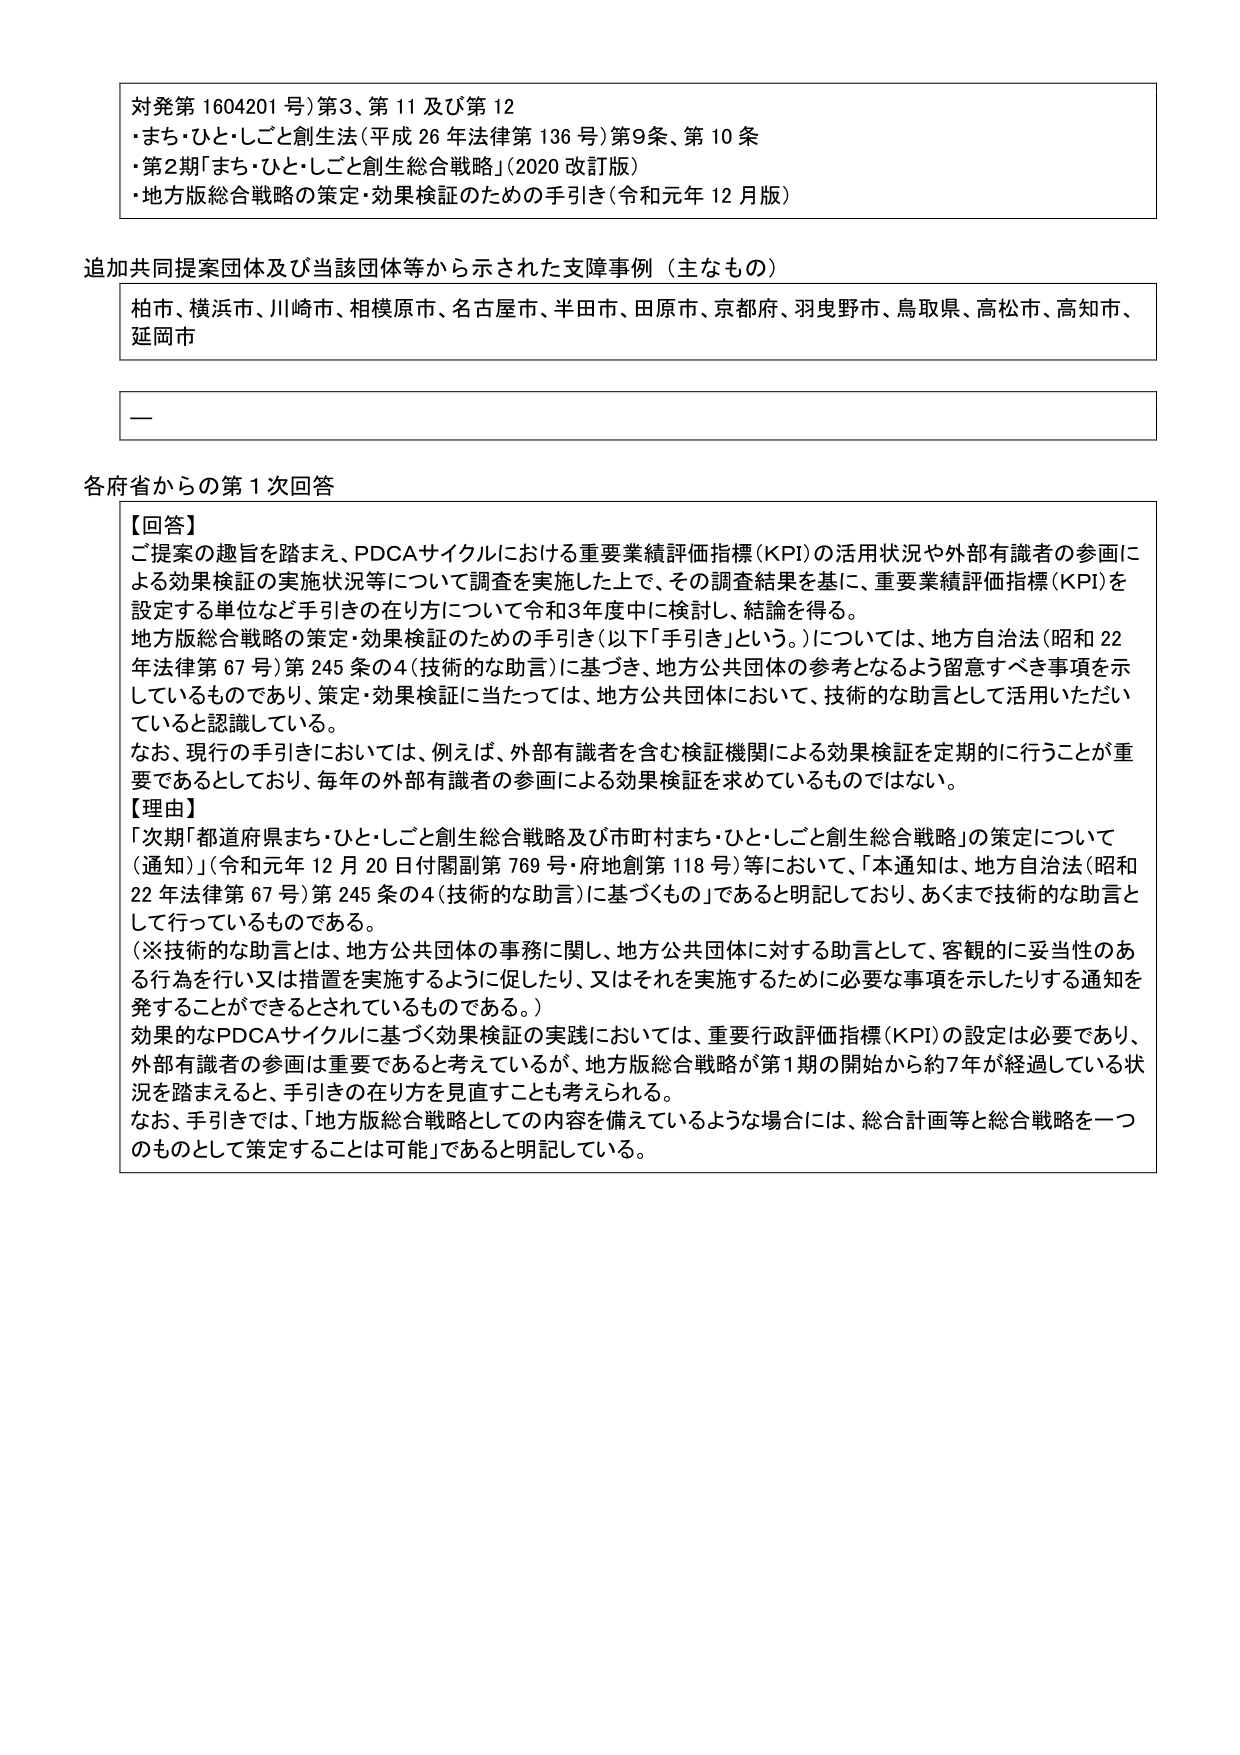
対発第1604201号)第3、第11及び第12
・まち・ひと・しごと創生法(平成26年法律第136号)第9条、第10条
・第2期「まち・ひと・しごと創生総合戦略」(2020改訂版)
・地方版総合戦略の策定・効果検証のための手引き(令和元年12月版)

追加共同提案団体及び当該団体等から示された支援事例（主なもの）
柏市、横浜市、川崎市、相模原市、名古屋市、半田市、田原市、京都府、羽曳野市、鳥取県、高松市、高知市、延岡市

―

各府省からの第1次回答
【回答】
ご提案の趣旨を踏まえ、PDCAサイクルにおける重要業績評価指標(KPI)の活用状況や外部有識者の参画による効果検証の実施状況等について調査を実施した上で、その調査結果を基に、重要業績評価指標(KPI)を設定する単位など手引きの在り方について令和3年度中に検討し、結論を得る。
地方版総合戦略の策定・効果検証のための手引き(以下「手引き」という。)については、地方自治法(昭和22年法律第67号)第245条の4(技術的な助言)に基づき、地方公共団体の参考となるよう留意すべき事項を示しているものであり、策定・効果検証に当たっては、地方公共団体において、技術的な助言として活用いただいていると認識している。
なお、現行の手引きにおいては、例えば、外部有識者を含む検証機関による効果検証を定期的に行うことが重要であるとしており、毎年の外部有識者の参画による効果検証を求めているものではない。
【理由】
「次期『都道府県まち・ひと・しごと創生総合戦略及び市町村まち・ひと・しごと創生総合戦略』の策定について(通知)」(令和元年12月20日付関副第769号・府地創第118号)等において、「本通知は、地方自治法(昭和22年法律第67号)第245条の4(技術的な助言)に基づくもの」であると明記しており、あくまで技術的な助言として行っているものである。
(※技術的な助言とは、地方公共団体の事務に関し、地方公共団体に対する助言として、客観的に妥当性のある行為を行い又は措置を実施するように促したり、又はそれを実施するために必要な事項を示したりする通知を発することができるとしているものである。)
効果的なPDCAサイクルに基づく効果検証の実践においては、重要行政評価指標(KPI)の設定は必要であり、外部有識者の参画は重要であると考えているが、地方版総合戦略が第1期の開始から約7年が経過している状況を踏まえると、手引きの在り方を見直すことも考えられる。
なお、手引きでは、「地方版総合戦略としての内容を備えているような場合には、総合計画等と総合戦略を一つのものとして策定することは可能」であると明記している。